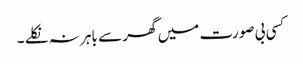
کسی بی صورت میں گھر سے باہر نہ نکلے ۔